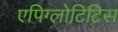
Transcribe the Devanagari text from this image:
एपिग्लोटिटिस